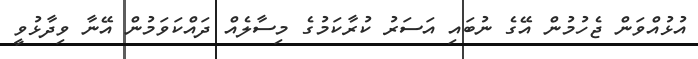
އުޅުއްވަން ޖެހުމުން އޭގެ ނުބައި އަސަރު ކުރާކަމުގެ މިސާލެއް ދައްކަވަމުން އޭނާ ވިދާޅުވީ